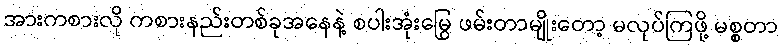
အားကစားလို ကစားနည်းတစ်ခုအနေနဲ့ စပါးအုံးမြွေ ဖမ်းတာမျိုးတော့ မလုပ်ကြဖို့ မစ္စတာ